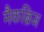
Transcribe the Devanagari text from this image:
मैकब्रिज